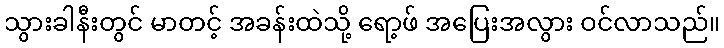
သွားခါနီးတွင် မာတင့် အခန်းထဲသို့ ရော့ဖ် အပြေးအလွား ဝင်လာသည်။